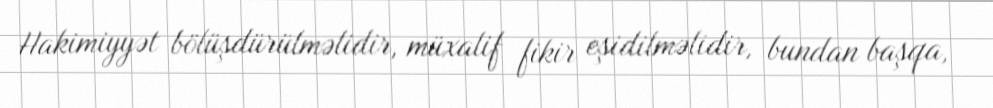
Hakimiyyət bölüşdürülməlidir, müxalif fikir eşidilməlidir, bundan başqa,